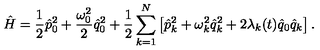
\hat { H } = \frac { 1 } { 2 } \hat { p } _ { 0 } ^ { 2 } + \frac { \omega _ { 0 } ^ { 2 } } { 2 } \hat { q } _ { 0 } ^ { 2 } + \frac { 1 } { 2 } \sum _ { k = 1 } ^ { N } \left[ \hat { p } _ { k } ^ { 2 } + \omega _ { k } ^ { 2 } \hat { q } _ { k } ^ { 2 } + 2 \lambda _ { k } ( t ) \hat { q } _ { 0 } \hat { q } _ { k } \right] .